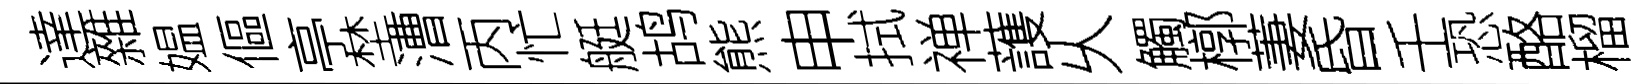
達雜媪傴亭埜漕丙忙艇鸪熊申拭禅䕶乆觸槨萋昏壬恐酪榴